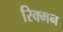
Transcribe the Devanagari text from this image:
रिक्मन